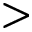
>